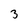
Character: 3